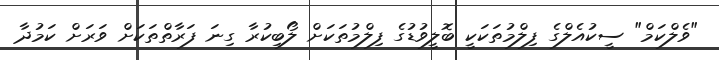
"ވެލްކަމް" ސީކުއެލްގެ ފިލްމުތަކަކީ ބޮލީވުޑުގެ ފިލްމުތަކަށް ލޯބިކުރާ ގިނަ ފަރާތްތަކަށް ވަރަށް ކަމުދާ